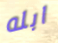
ابله